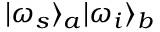
\vert \omega _ { s } \rangle _ { a } \vert \omega _ { i } \rangle _ { b }